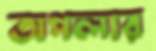
অপলার